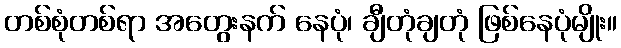
တစ်စုံတစ်ရာ အတွေးနက် နေပုံ၊ ချီတုံချတုံ ဖြစ်နေပုံမျိုး။